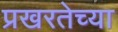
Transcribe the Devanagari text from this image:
प्रखरतेच्या